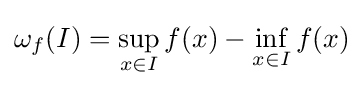
\omega _{f}(I)=\sup _{x\in I}f(x)-\inf _{x\in I}f(x)